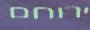
ירוחם